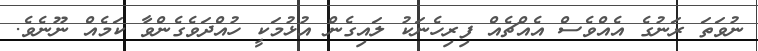
ނުވަތަ ރަނުގެ އެއްވެސް އެއްޗެއް ފިރިހެނަކު ލައިގެން އުޅުމަކީ ހުއްދަވެގެންވާ ކަމެއް ނޫނެވެ.